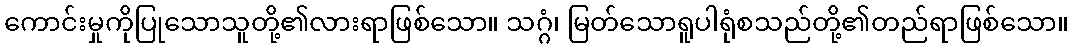
ကောင်းမှုကိုပြုသောသူတို့၏လားရာဖြစ်သော။ သဂ္ဂံ၊ မြတ်သောရူပါရုံစသည်တို့၏တည်ရာဖြစ်သော။